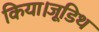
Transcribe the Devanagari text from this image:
किया।जूडिथ